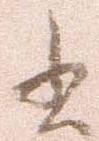
書